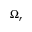
\Omega _ { r }